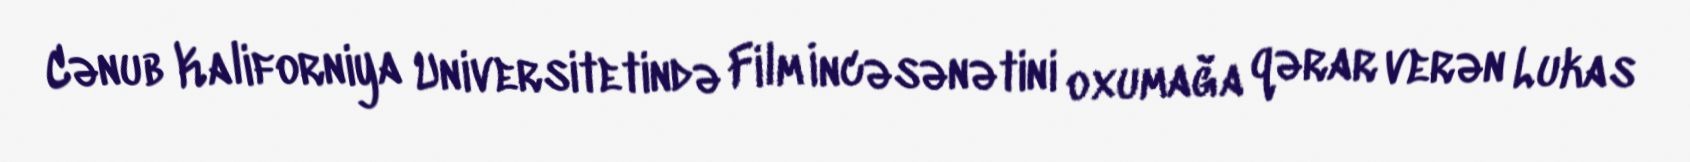
Cənub Kaliforniya Universitetində Film İncəsənətini oxumağa qərar verən Lukas